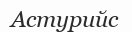
Астурийс